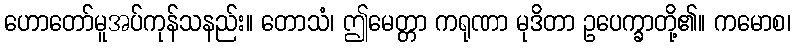
ဟောတော်မူအပ်ကုန်သနည်း။ တောသံ၊ ဤမေတ္တာ ကရုဏာ မုဒိတာ ဥပေက္ခာတို့၏။ ကမောစ၊